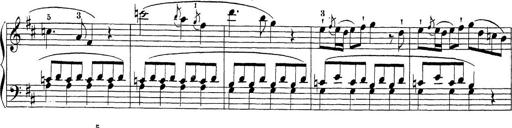
Title: Sonatina Album
Composer: Louis KÃ¶hler